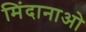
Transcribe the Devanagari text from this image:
मिंदानाओ